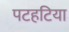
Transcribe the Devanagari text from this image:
पटहटिया